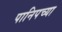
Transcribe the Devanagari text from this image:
पानिपच्या